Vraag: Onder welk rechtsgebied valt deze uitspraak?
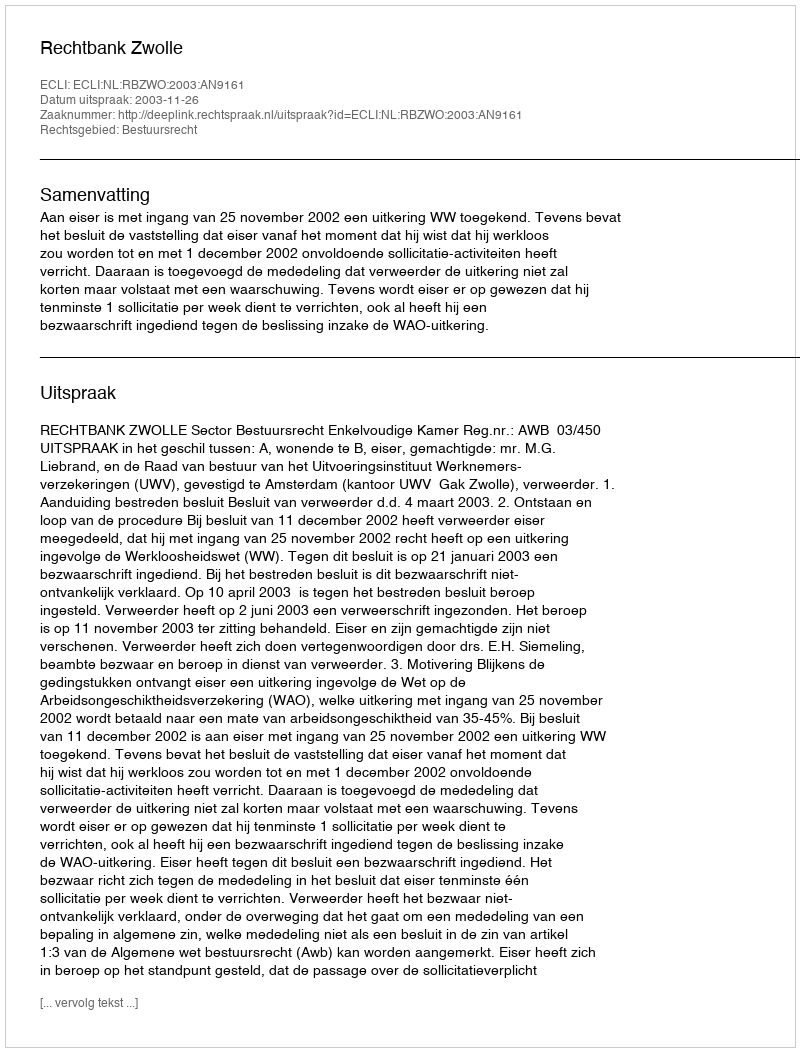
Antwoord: Bestuursrecht